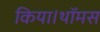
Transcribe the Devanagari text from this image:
किया।थॉमस